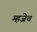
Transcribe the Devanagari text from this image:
म्हजेच